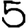
Digit: 5